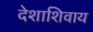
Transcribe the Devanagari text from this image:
देशाशिवाय